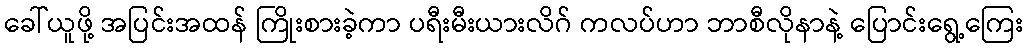
ခေါ်ယူဖို့ အပြင်းအထန် ကြိုးစားခဲ့ကာ ပရီးမီးယားလိဂ် ကလပ်ဟာ ဘာစီလိုနာနဲ့ ပြောင်းရွေ့ကြေး